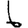
Digit: 6